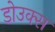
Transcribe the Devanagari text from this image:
डोउक्स